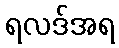
ရလဒ်အရ